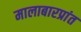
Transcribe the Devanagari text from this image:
मालाबारप्रांत